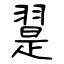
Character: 翨